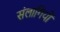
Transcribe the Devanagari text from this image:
संलागियों